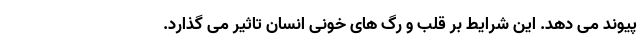
پیوند می دهد. این شرایط بر قلب و رگ های خونی انسان تاثیر می گذارد.